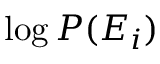
\log { P ( E _ { i } ) }